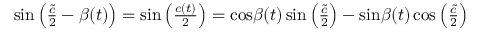
\begin{array} { r } { \mathrm { s i n } \left( { \frac { \tilde { c } } { 2 } } - \beta ( t ) \right) = \mathrm { s i n } \left( { \frac { c ( t ) } { 2 } } \right) = \mathrm { c o s } \beta ( t ) \, \mathrm { s i n } \left( { \frac { \tilde { c } } { 2 } } \right) - \mathrm { s i n } \beta ( t ) \, \mathrm { c o s } \left( { \frac { \tilde { c } } { 2 } } \right) } \end{array}